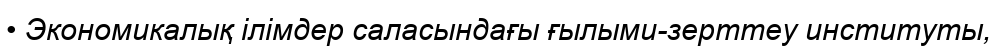
• Экономикалық ілімдер саласындағы ғылыми-зерттеу институты,